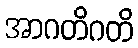
အာဂတိဂတိ